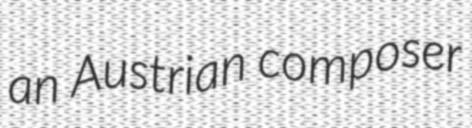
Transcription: an Austrian composer